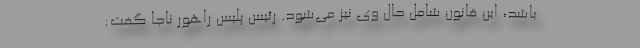
باشد، این قانون شامل حال وی نیز می‌شود. رئیس پلیس راهور ناجا گفت: